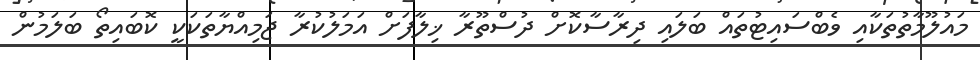
މައުލޫމާތުތަކާއި ވެބްސައިޓުތައް ބަލައި ދިރާސާކޮށް ދުސްތޫރާ ޚިލާފަށް އަމަލުކުރާ ޖަމިއްޔާތަކަކީ ކޮބައިތޯ ބަލަމުން